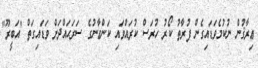
ޢިރާޤުން ނުކުމެވަޑައިގެން ފުރާތު ކޯރު ހުރަސް ކުރައްވައި ކަންޢާނުގެ ސަރަޙައްދަށް ވަޑައިގަތް "އަބީރޫ"